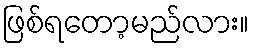
ဖြစ်ရတော့မည်လား။